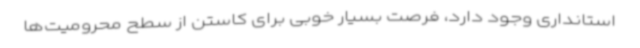
استانداری وجود دارد، فرصت بسیار خوبی برای کاستن از سطح محرومیت‌ها